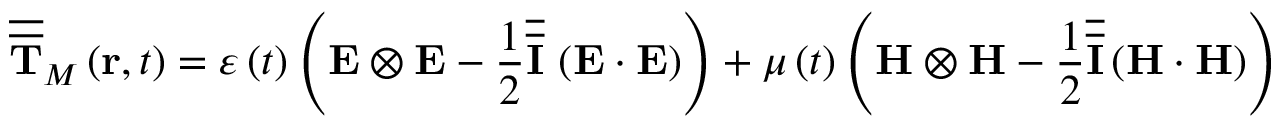
\overline { { \overline { { \mathbf { T } } } } } _ { M } \left( \mathbf { r } , t \right) = \varepsilon \left( t \right) \left( \mathbf { E } \otimes \mathbf { E } - \frac { 1 } { 2 } \overline { { \overline { { \mathbf { I } } } } } \, \left( \mathbf { E } \cdot \mathbf { E } \right) \right) + \mu \left( t \right) \left( \mathbf { H } \otimes \mathbf { H } - \frac { 1 } { 2 } \overline { { \overline { { \mathbf { I } } } } } \left( \mathbf { H } \cdot \mathbf { H } \right) \right)